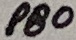
Text: PB0